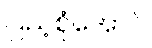
ပြည့်စုံအောင်